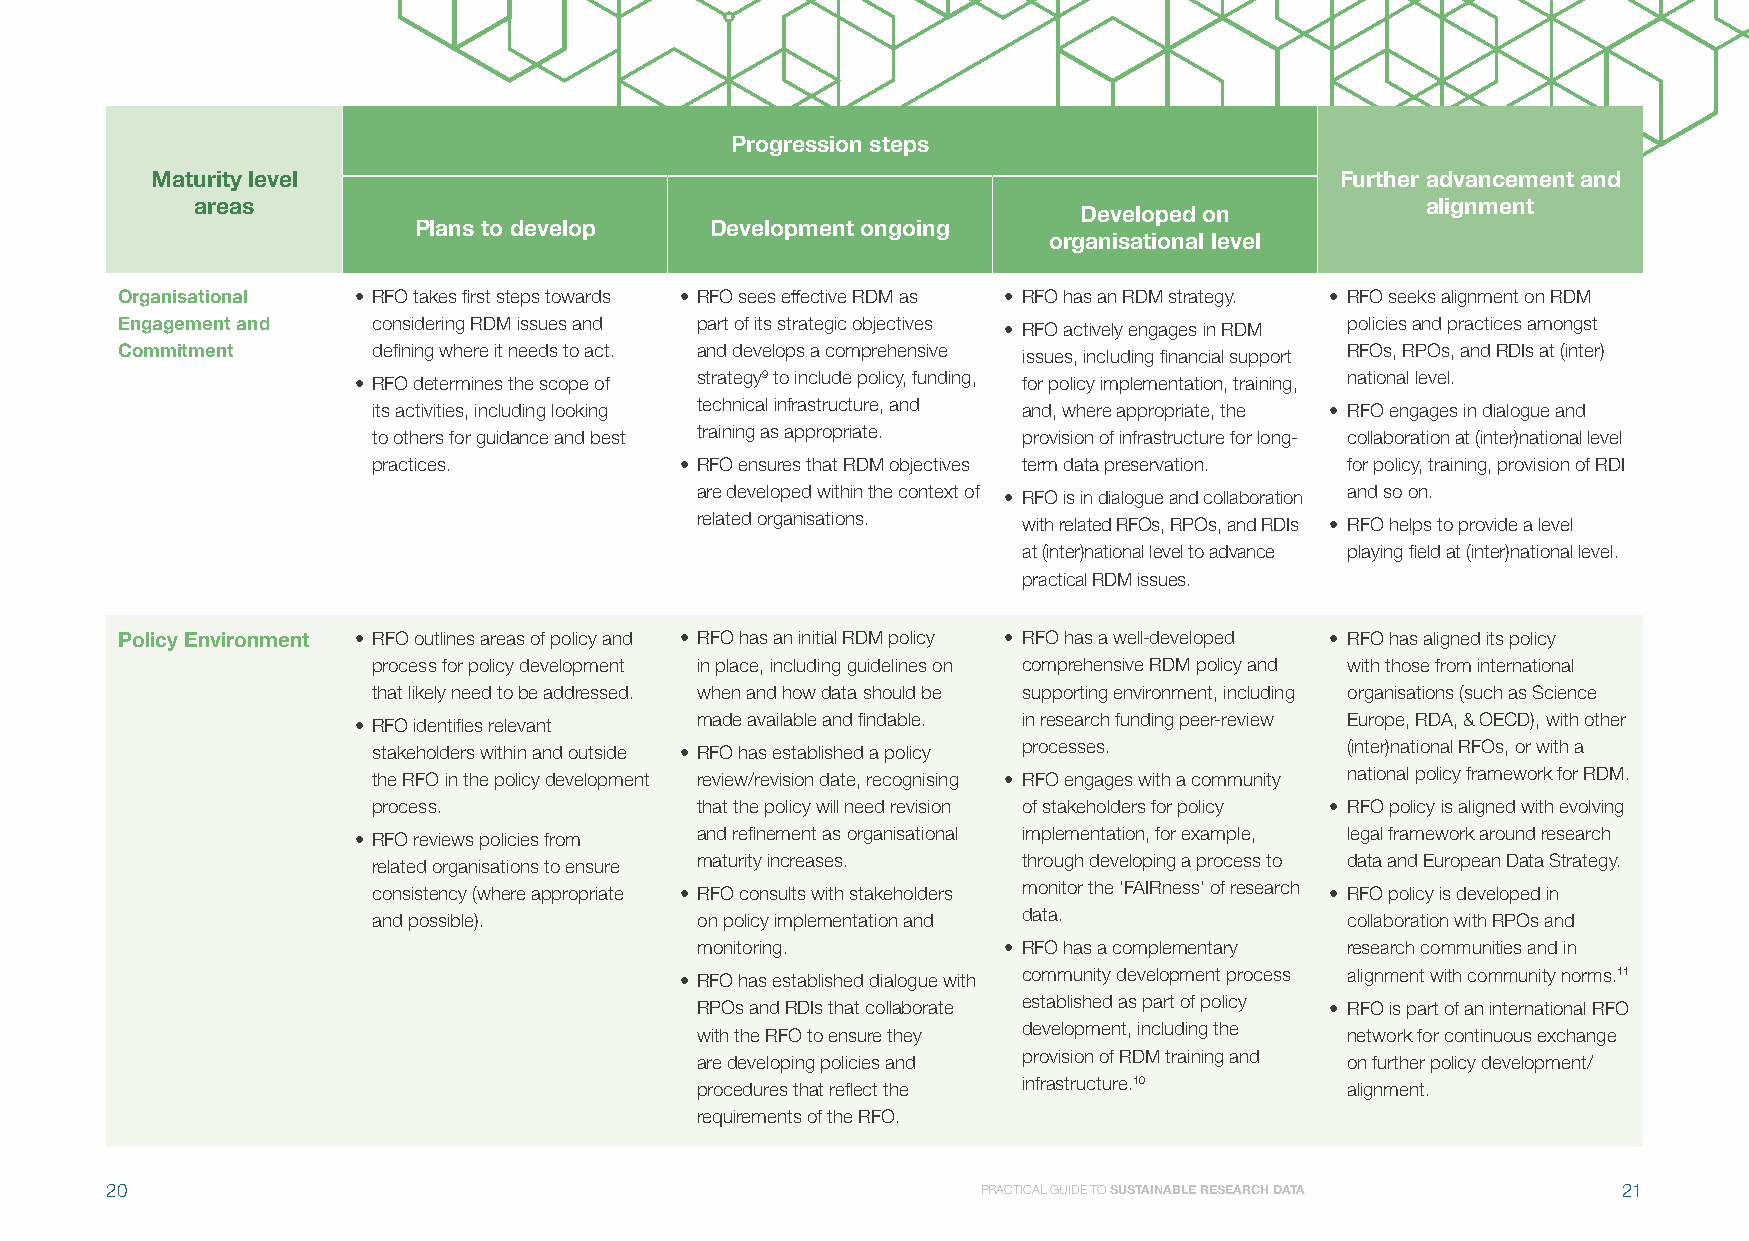
Progression steps
 Maturity level                                                                 Further advancement and
 areas                                                                            alignment
 Developed on
 Plans to develop    Development ongoing
 organisational level
 Organisational • RFO takes first steps towards • RFO sees effective RDM as • RFO has an RDM strategy. • RFO seeks alignment on RDM
 Engagement and   considering RDM issues and part of its strategic objectives • RFO actively engages in RDM policies and practices amongst
 Commitment       defining where it needs to act. and develops a comprehensive issues, including financial support RFOs, RPOs, and RDIs at (inter)
 • RFO determines the scope of strategy9 to include policy, funding, for policy implementation, training, national level.
 its activities, including looking technical infrastructure, and and, where appropriate, the • RFO engages in dialogue and
 to others for guidance and best training as appropriate. provision of infrastructure for long- collaboration at (inter)national level
 practices.          • RFO ensures that RDM objectives term data preservation. for policy, training, provision of RDI
 are developed within the context of • RFO is in dialogue and collaboration and so on.
 related organisations. with related RFOs, RPOs, and RDIs • RFO helps to provide a level
 at (inter)national level to advance playing field at (inter)national level.
 practical RDM issues.
 Policy Environment • RFO outlines areas of policy and • RFO has an initial RDM policy • RFO has a well-developed • RFO has aligned its policy
 process for policy development in place, including guidelines on comprehensive RDM policy and with those from international
 that likely need to be addressed. when and how data should be supporting environment, including organisations (such as Science
 • RFO identifies relevant made available and findable. in research funding peer-review Europe, RDA, & OECD), with other
 stakeholders within and outside • RFO has established a policy processes. (inter)national RFOs, or with a
 the RFO in the policy development review/revision date, recognising • RFO engages with a community national policy framework for RDM.
 process.             that the policy will need revision of stakeholders for policy • RFO policy is aligned with evolving
 • RFO reviews policies from and refinement as organisational implementation, for example, legal framework around research
 related organisations to ensure maturity increases. through developing a process to data and European Data Strategy.
 consistency (where appropriate • RFO consults with stakeholders monitor the ‘FAIRness’ of research • RFO policy is developed in
 and possible).       on policy implementation and data.         collaboration with RPOs and
 monitoring.         • RFO has a complementary research communities and in
 • RFO has established dialogue with community development process alignment with community norms.11
 RPOs and RDIs that collaborate established as part of policy • RFO is part of an international RFO
 with the RFO to ensure they development, including the network for continuous exchange
 are developing policies and provision of RDM training and on further policy development/
 procedures that reflect the
 infrastructure.10
 alignment.
 requirements of the RFO.
 20                                                        PRACTICAL GUIDE TO SUSTAINABLE RESEARCH DATA 21